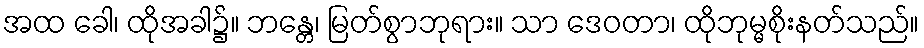
အထ ခေါ၊ ထိုအခါ၌။ ဘန္တေ၊ မြတ်စွာဘုရား။ သာ ဒေဝတာ၊ ထိုဘုမ္မစိုးနတ်သည်။